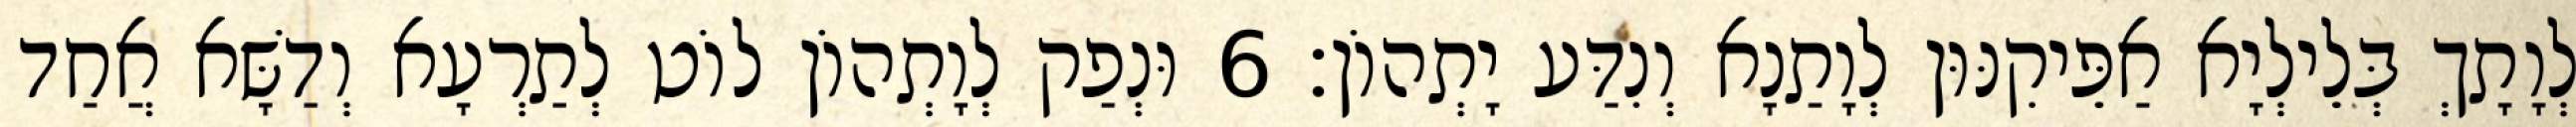
לְוָתָךְ בְּלֵילְיָא אַפֵּיקִנּוּן לְוָתַנָא וְנִדַּע יָתְהוֹן׃ 6 וּנְפַק לְוָתְהוֹן לוֹט לְתַרְעָא וְדַשָּׁא אֲחַד